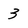
Character: 3